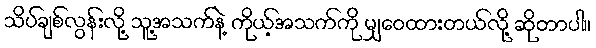
သိပ်ချစ်လွန်းလို့ သူ့အသက်နဲ့ ကိုယ့်အသက်ကို မျှဝေထားတယ်လို့ ဆိုတာပါ။